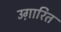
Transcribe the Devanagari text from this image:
उग़ारित